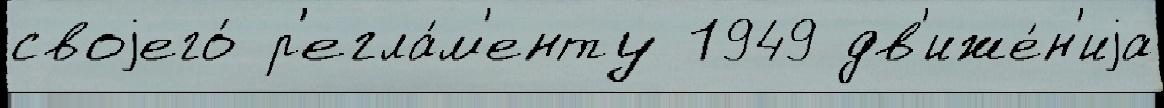
своjего́ р'егла́м'енту 1949 дв'иже́н'иjа